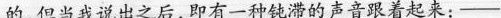
的,但当我说出之后，即有一种钝滞的声音跟着起来：——